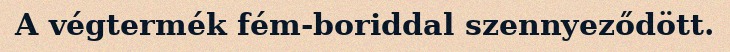
A végtermék fém-boriddal szennyeződött.